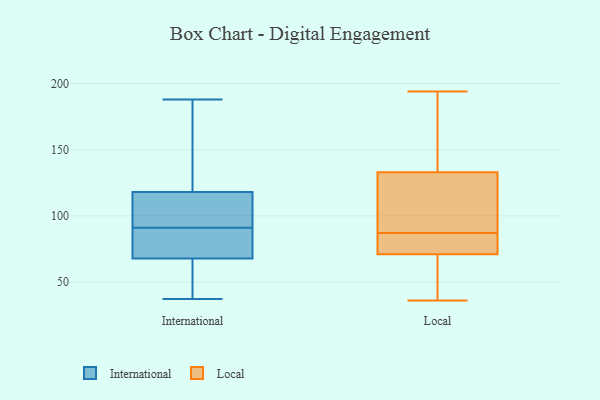
{"axis": {"x": "Production Output", "y": "Value"}, "legend": ["International", "Local"], "data": [{"x": "", "y": 49, "type": "International"}, {"x": "", "y": 188, "type": "International"}, {"x": "", "y": 101, "type": "International"}, {"x": "", "y": 46, "type": "International"}, {"x": "", "y": 37, "type": "International"}, {"x": "", "y": 84, "type": "International"}, {"x": "", "y": 99, "type": "International"}, {"x": "", "y": 153, "type": "International"}, {"x": "", "y": 91, "type": "International"}, {"x": "", "y": 143, "type": "International"}, {"x": "", "y": 100, "type": "International"}, {"x": "", "y": 116, "type": "International"}, {"x": "", "y": 124, "type": "International"}, {"x": "", "y": 79, "type": "International"}, {"x": "", "y": 74, "type": "International"}, {"x": "", "y": 45, "type": "International"}, {"x": "", "y": 83, "type": "International"}, {"x": "", "y": 75, "type": "Local"}, {"x": "", "y": 92, "type": "Local"}, {"x": "", "y": 110, "type": "Local"}, {"x": "", "y": 36, "type": "Local"}, {"x": "", "y": 37, "type": "Local"}, {"x": "", "y": 81, "type": "Local"}, {"x": "", "y": 68, "type": "Local"}, {"x": "", "y": 141, "type": "Local"}, {"x": "", "y": 82, "type": "Local"}, {"x": "", "y": 74, "type": "Local"}, {"x": "", "y": 133, "type": "Local"}, {"x": "", "y": 133, "type": "Local"}, {"x": "", "y": 114, "type": "Local"}, {"x": "", "y": 134, "type": "Local"}, {"x": "", "y": 157, "type": "Local"}, {"x": "", "y": 71, "type": "Local"}, {"x": "", "y": 194, "type": "Local"}, {"x": "", "y": 54, "type": "Local"}]}